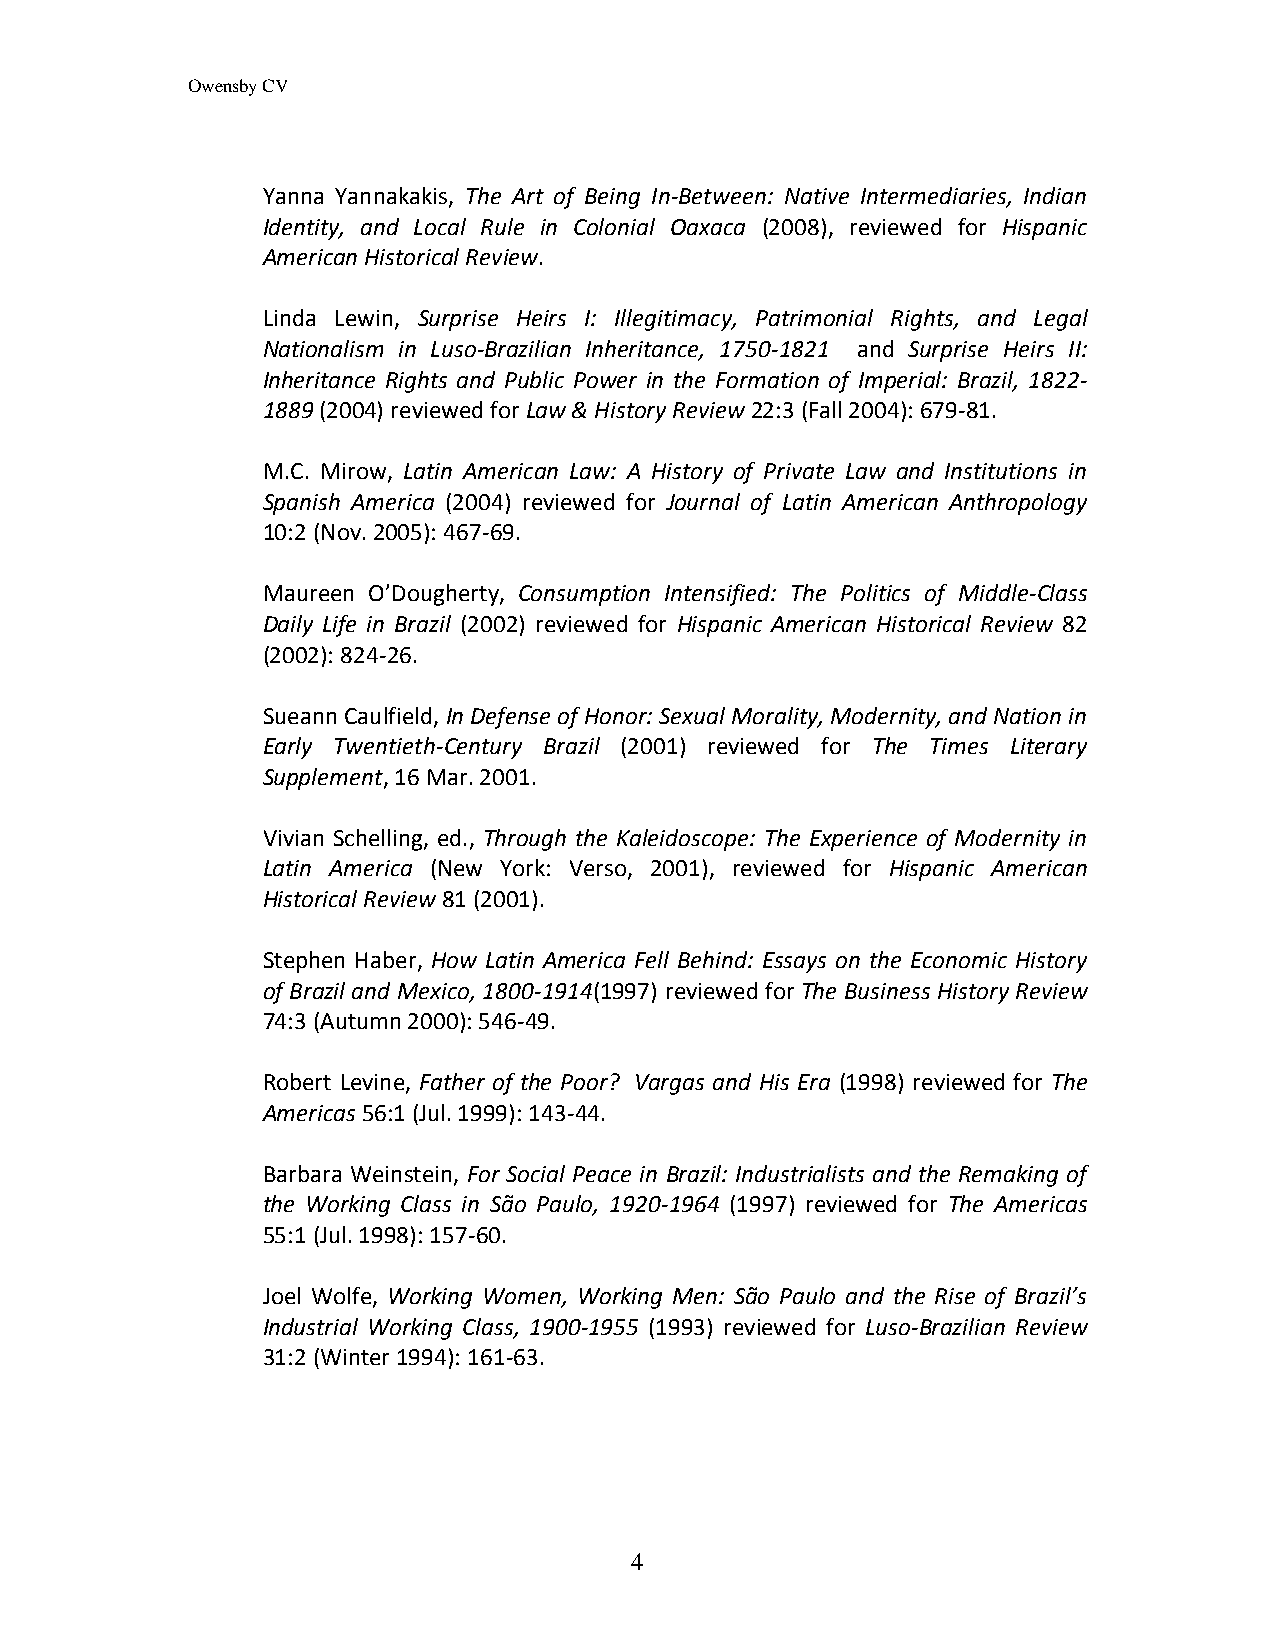
Owensby CV
 Yanna Yannakakis, The Art of Being In-Between: Native Intermediaries, Indian
 Identity, and Local Rule in Colonial Oaxaca (2008), reviewed for Hispanic
 American Historical Review.
 Linda Lewin, Surprise Heirs I: Illegitimacy, Patrimonial Rights, and Legal
 Nationalism in Luso-Brazilian Inheritance, 1750-1821 and Surprise Heirs II:
 Inheritance Rights and Public Power in the Formation of Imperial: Brazil, 1822-
 1889 (2004) reviewed for Law & History Review 22:3 (Fall 2004): 679-81.
 M.C. Mirow, Latin American Law: A History of Private Law and Institutions in
 Spanish America (2004) reviewed for Journal of Latin American Anthropology
 10:2 (Nov. 2005): 467-69.
 Maureen O’Dougherty, Consumption Intensified: The Politics of Middle-Class
 Daily Life in Brazil (2002) reviewed for Hispanic American Historical Review 82
 (2002): 824-26.
 Sueann Caulfield, In Defense of Honor: Sexual Morality, Modernity, and Nation in
 Early Twentieth-Century Brazil (2001) reviewed for The Times Literary
 Supplement, 16 Mar. 2001.
 Vivian Schelling, ed., Through the Kaleidoscope: The Experience of Modernity in
 Latin America (New York: Verso, 2001), reviewed for Hispanic American
 Historical Review 81 (2001).
 Stephen Haber, How Latin America Fell Behind: Essays on the Economic History
 of Brazil and Mexico, 1800-1914(1997) reviewed for The Business History Review
 74:3 (Autumn 2000): 546-49.
 Robert Levine, Father of the Poor? Vargas and His Era (1998) reviewed for The
 Americas 56:1 (Jul. 1999): 143-44.
 Barbara Weinstein, For Social Peace in Brazil: Industrialists and the Remaking of
 the Working Class in São Paulo, 1920-1964 (1997) reviewed for The Americas
 55:1 (Jul. 1998): 157-60.
 Joel Wolfe, Working Women, Working Men: São Paulo and the Rise of Brazil’s
 Industrial Working Class, 1900-1955 (1993) reviewed for Luso-Brazilian Review
 31:2 (Winter 1994): 161-63.
 4